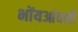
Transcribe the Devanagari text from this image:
भोंयआंवली